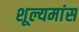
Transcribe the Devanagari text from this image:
शूल्यमांस